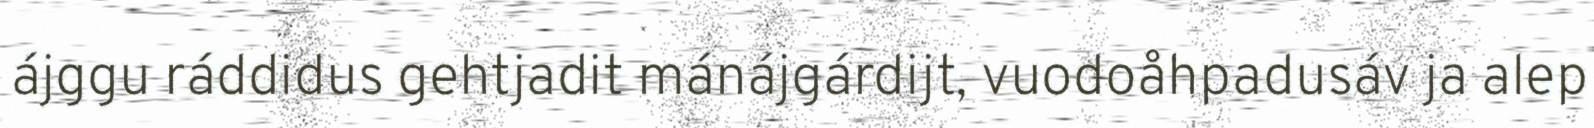
ájggu ráddidus gehtjadit mánájgárdijt, vuodoåhpadusáv ja alep